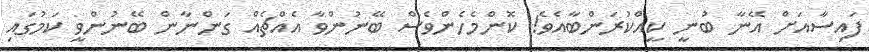
ފައިސާއަށް އޭނާ ބުނީ ކީއްކުރަންބާއެވެ! ކޮންމެހެންވެސް ބޭނުންވާ އެއްޗެއް ގަންނާން ބޭނުންވީ ކަމުގައި